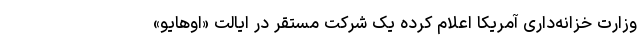
وزارت خزانه‌داری آمریکا اعلام کرده یک شرکت مستقر در ایالت «اوهایو»